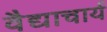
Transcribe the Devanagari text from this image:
वैद्याचार्य